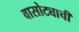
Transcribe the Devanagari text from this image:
वासोट्याची